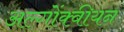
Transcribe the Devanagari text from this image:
अल्गोंक्वीयन